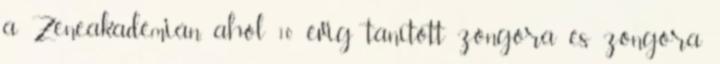
a Zeneakadémián, ahol 10 évig tanított zongora és zongora